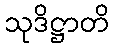
သုဒိဋ္ဌာတိ